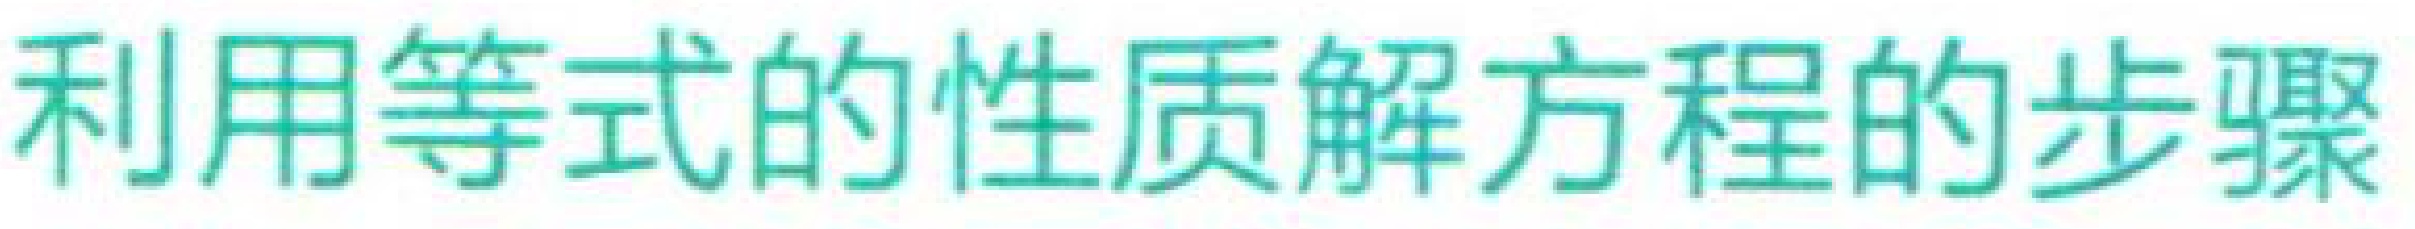
利用等式的性质解方程的步骤